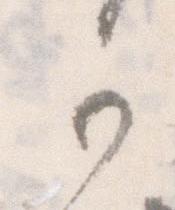
可